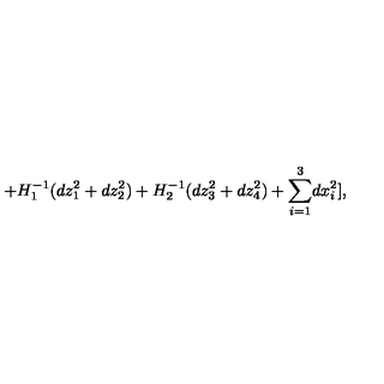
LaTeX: + H _ { 1 } ^ { - 1 } ( d z _ { 1 } ^ { 2 } + d z _ { 2 } ^ { 2 } ) + H _ { 2 } ^ { - 1 } ( d z _ { 3 } ^ { 2 } + d z _ { 4 } ^ { 2 } ) + { \sum _ { i = 1 } ^ { 3 } } d x _ { i } ^ { 2 } ] ,